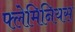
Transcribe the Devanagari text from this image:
फ्लेमिनियस